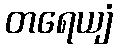
တရေယျံ